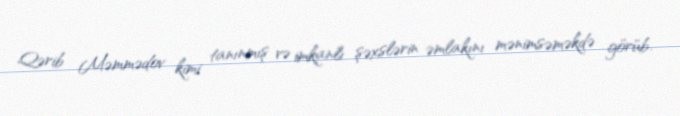
Qərib Məmmədov kimi tanınmış və imkanlı şəxslərin əmlakını mənimsəməkdə görüb.